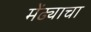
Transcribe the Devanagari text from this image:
मेंढ्याचा